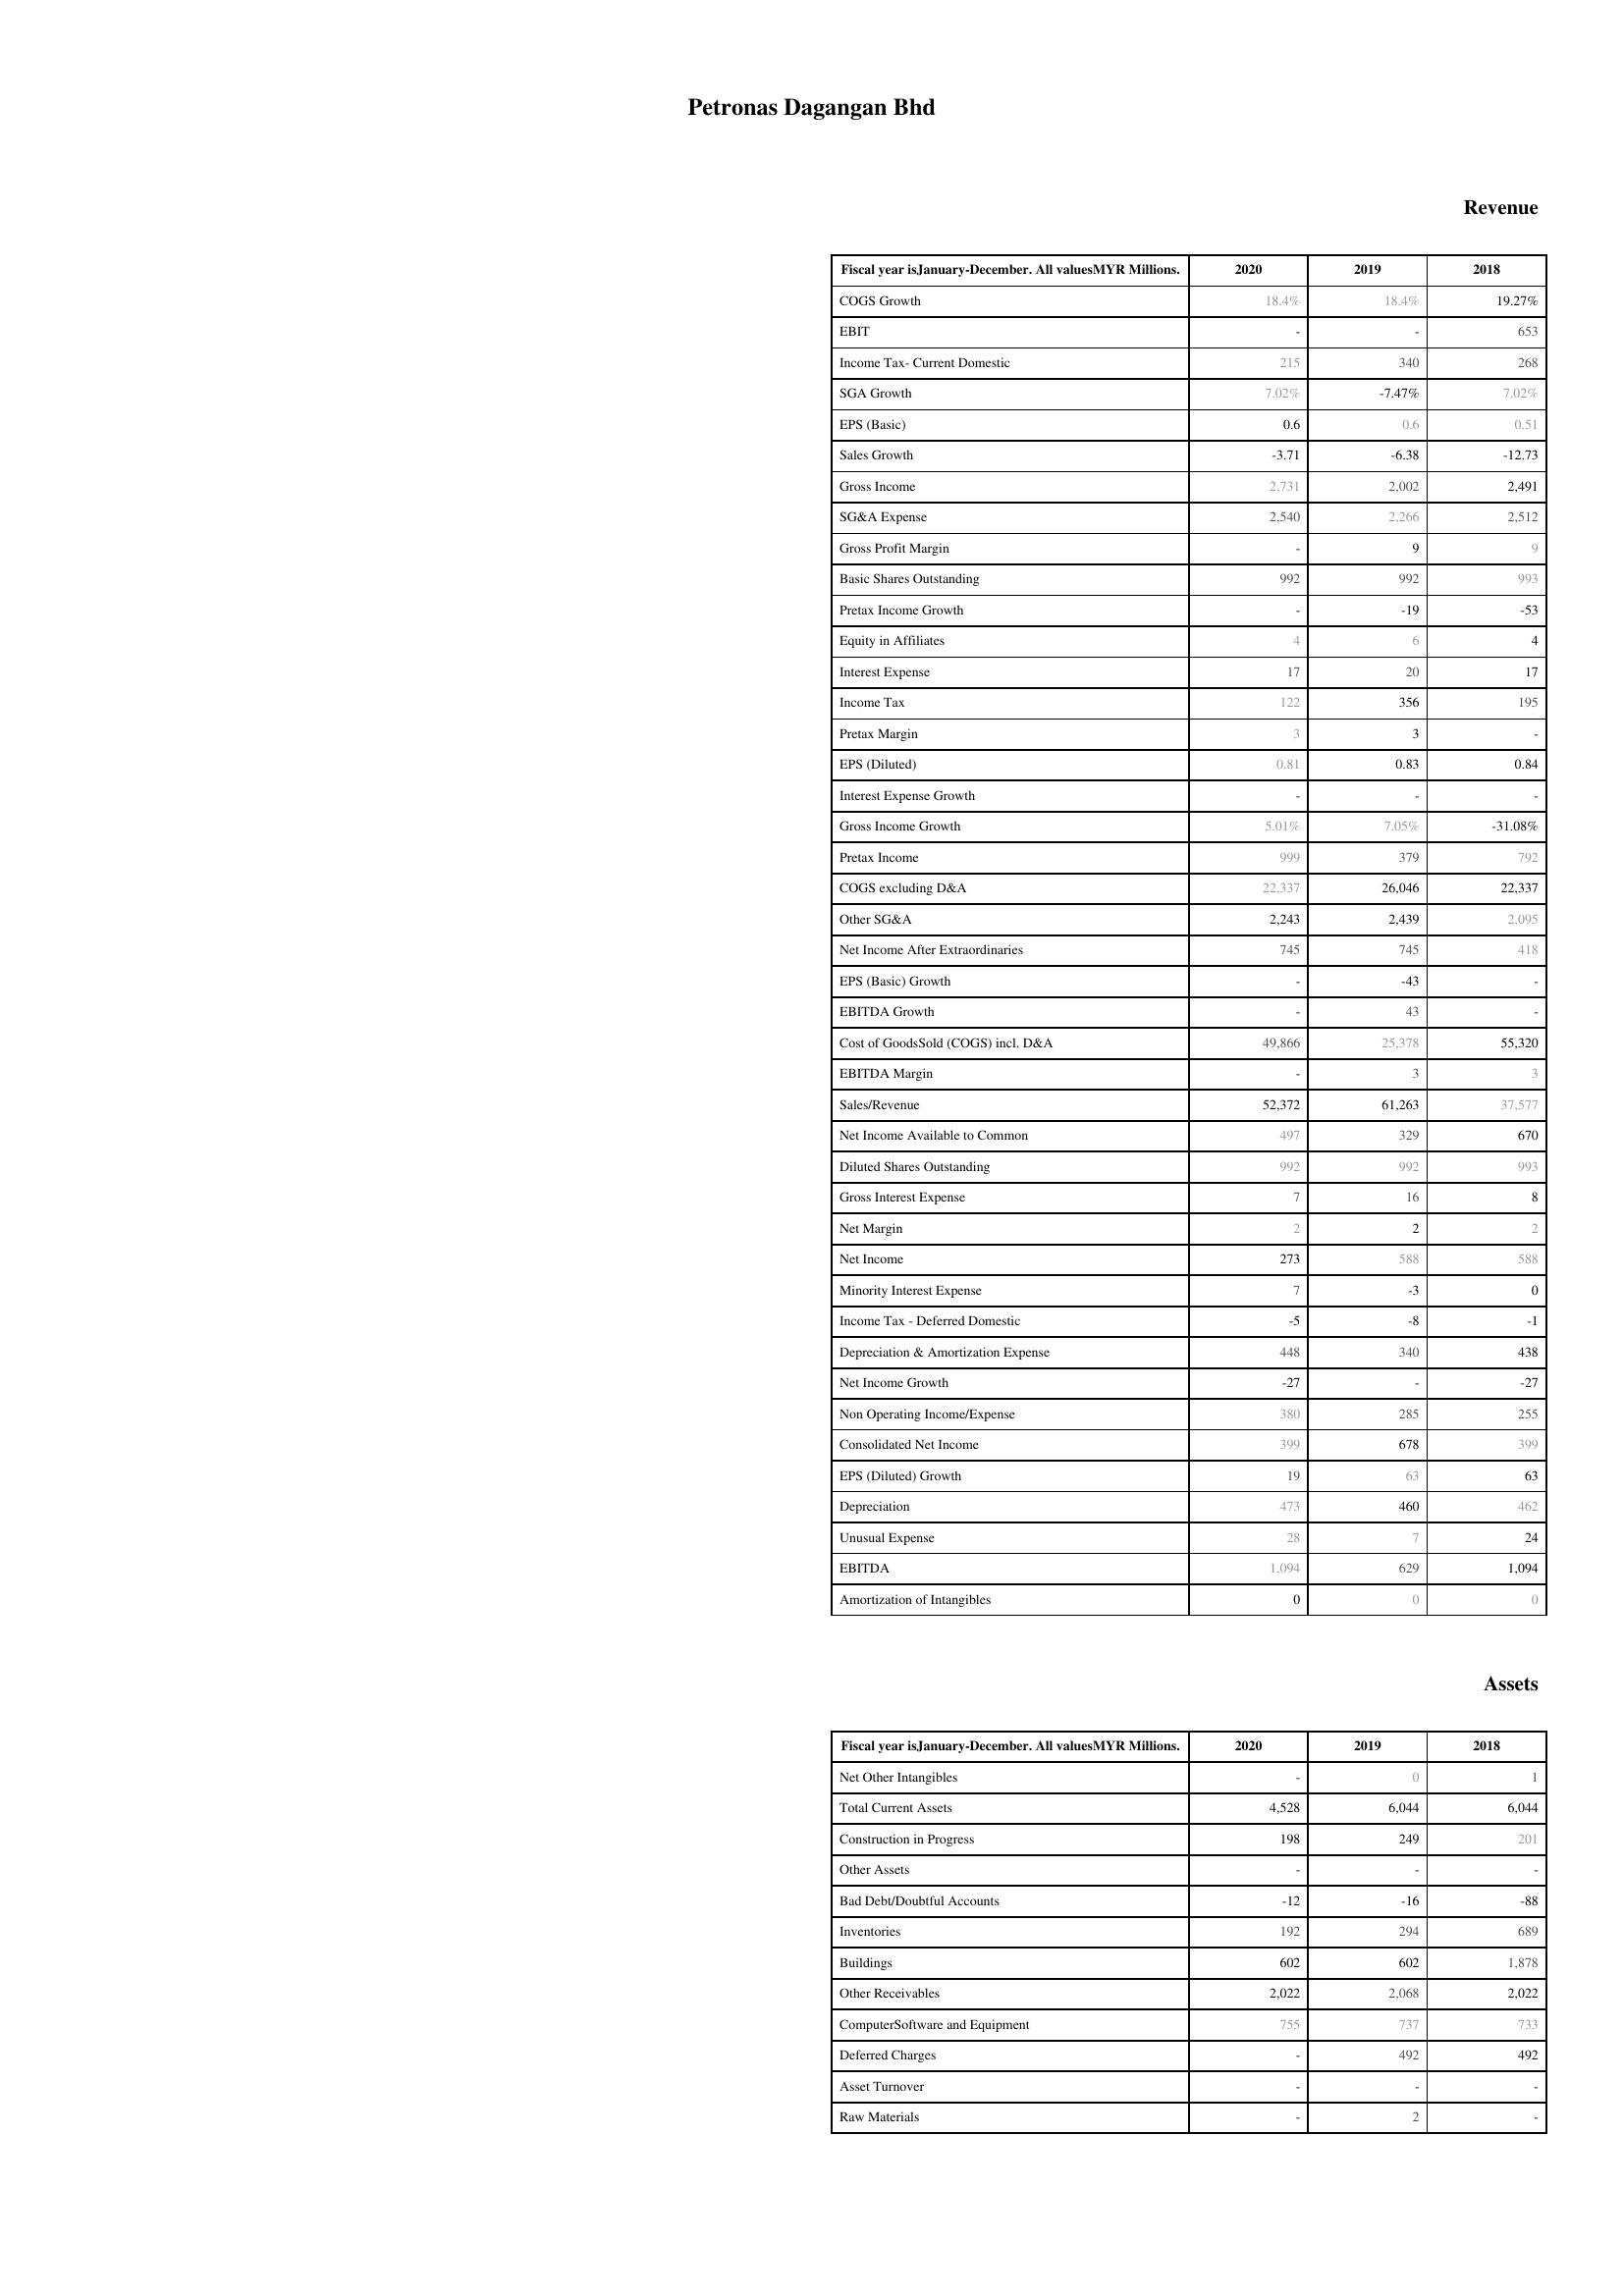
2020: Revenue: COGS Growth: 18.4%
EBIT: -
Income Tax- Current Domestic: 215
SGA Growth: 7.02%
EPS (Basic): 0.6
Sales Growth: -3.71
Gross Income: 2,731
SG&A Expense: 2,540
Gross Profit Margin: -
Basic Shares Outstanding: 992
Pretax Income Growth: -
Equity in Affiliates: 4
Interest Expense: 17
Income Tax: 122
Pretax Margin: 3
EPS (Diluted): 0.81
Interest Expense Growth: -
Gross Income Growth: 5.01%
Pretax Income: 999
COGS excluding D&A: 22,337
Other SG&A: 2,243
Net Income After Extraordinaries: 745
EPS (Basic) Growth: -
EBITDA Growth: -
Cost of GoodsSold (COGS) incl. D&A: 49,866
EBITDA Margin: -
Sales/Revenue: 52,372
Net Income Available to Common: 497
Diluted Shares Outstanding: 992
Gross Interest Expense: 7
Net Margin: 2
Net Income: 273
Minority Interest Expense: 7
Income Tax - Deferred Domestic: -5
Depreciation & Amortization Expense: 448
Net Income Growth: -27
Non Operating Income/Expense: 380
Consolidated Net Income: 399
EPS (Diluted) Growth: 19
Depreciation: 473
Unusual Expense: 28
EBITDA: 1,094
Amortization of Intangibles: 0
Assets: Net Other Intangibles: -
Total Current Assets: 4,528
Construction in Progress: 198
Other Assets: -
Bad Debt/Doubtful Accounts: -12
Inventories: 192
Buildings: 602
Other Receivables: 2,022
ComputerSoftware and Equipment: 755
Deferred Charges: -
Asset Turnover: -
Raw Materials: -
2019: Revenue: COGS Growth: 18.4%
EBIT: -
Income Tax- Current Domestic: 340
SGA Growth: -7.47%
EPS (Basic): 0.6
Sales Growth: -6.38
Gross Income: 2,002
SG&A Expense: 2,266
Gross Profit Margin: 9
Basic Shares Outstanding: 992
Pretax Income Growth: -19
Equity in Affiliates: 6
Interest Expense: 20
Income Tax: 356
Pretax Margin: 3
EPS (Diluted): 0.83
Interest Expense Growth: -
Gross Income Growth: 7.05%
Pretax Income: 379
COGS excluding D&A: 26,046
Other SG&A: 2,439
Net Income After Extraordinaries: 745
EPS (Basic) Growth: -43
EBITDA Growth: 43
Cost of GoodsSold (COGS) incl. D&A: 25,378
EBITDA Margin: 3
Sales/Revenue: 61,263
Net Income Available to Common: 329
Diluted Shares Outstanding: 992
Gross Interest Expense: 16
Net Margin: 2
Net Income: 588
Minority Interest Expense: -3
Income Tax - Deferred Domestic: -8
Depreciation & Amortization Expense: 340
Net Income Growth: -
Non Operating Income/Expense: 285
Consolidated Net Income: 678
EPS (Diluted) Growth: 63
Depreciation: 460
Unusual Expense: 7
EBITDA: 629
Amortization of Intangibles: 0
Assets: Net Other Intangibles: 0
Total Current Assets: 6,044
Construction in Progress: 249
Other Assets: -
Bad Debt/Doubtful Accounts: -16
Inventories: 294
Buildings: 602
Other Receivables: 2,068
ComputerSoftware and Equipment: 737
Deferred Charges: 492
Asset Turnover: -
Raw Materials: 2
2018: Revenue: COGS Growth: 19.27%
EBIT: 653
Income Tax- Current Domestic: 268
SGA Growth: 7.02%
EPS (Basic): 0.51
Sales Growth: -12.73
Gross Income: 2,491
SG&A Expense: 2,512
Gross Profit Margin: 9
Basic Shares Outstanding: 993
Pretax Income Growth: -53
Equity in Affiliates: 4
Interest Expense: 17
Income Tax: 195
Pretax Margin: -
EPS (Diluted): 0.84
Interest Expense Growth: -
Gross Income Growth: -31.08%
Pretax Income: 792
COGS excluding D&A: 22,337
Other SG&A: 2,095
Net Income After Extraordinaries: 418
EPS (Basic) Growth: -
EBITDA Growth: -
Cost of GoodsSold (COGS) incl. D&A: 55,320
EBITDA Margin: 3
Sales/Revenue: 37,577
Net Income Available to Common: 670
Diluted Shares Outstanding: 993
Gross Interest Expense: 8
Net Margin: 2
Net Income: 588
Minority Interest Expense: 0
Income Tax - Deferred Domestic: -1
Depreciation & Amortization Expense: 438
Net Income Growth: -27
Non Operating Income/Expense: 255
Consolidated Net Income: 399
EPS (Diluted) Growth: 63
Depreciation: 462
Unusual Expense: 24
EBITDA: 1,094
Amortization of Intangibles: 0
Assets: Net Other Intangibles: 1
Total Current Assets: 6,044
Construction in Progress: 201
Other Assets: -
Bad Debt/Doubtful Accounts: -88
Inventories: 689
Buildings: 1,878
Other Receivables: 2,022
ComputerSoftware and Equipment: 733
Deferred Charges: 492
Asset Turnover: -
Raw Materials: -